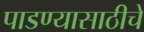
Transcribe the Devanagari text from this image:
पाडण्यासाठीचे